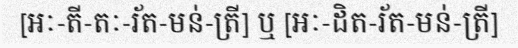
[អៈ-តី-តៈ-រ័ត-មន់-ត្រី] ឬ [អៈ-ដិត-រ័ត-មន់-ត្រី]